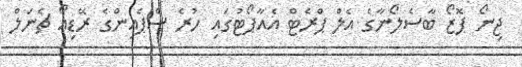
ޖިނޯ ޕޮޒޯ ބާސެލޯނާގެ އެލް ޕްރެޓް އެއާޕޯޓުގައި ހުރެ ސްޕެއިންގެ ރޭޑިއޯ ޗެނަލް